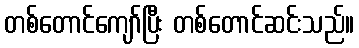
တစ်တောင်ကျော်ပြီး တစ်တောင်ဆင်းသည်။